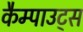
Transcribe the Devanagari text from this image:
कैम्पाउट्स